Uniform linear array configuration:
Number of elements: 32
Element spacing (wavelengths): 0.25
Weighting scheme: cosine
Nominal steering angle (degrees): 60
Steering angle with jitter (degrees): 60.709
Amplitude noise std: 0.05
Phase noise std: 0.05

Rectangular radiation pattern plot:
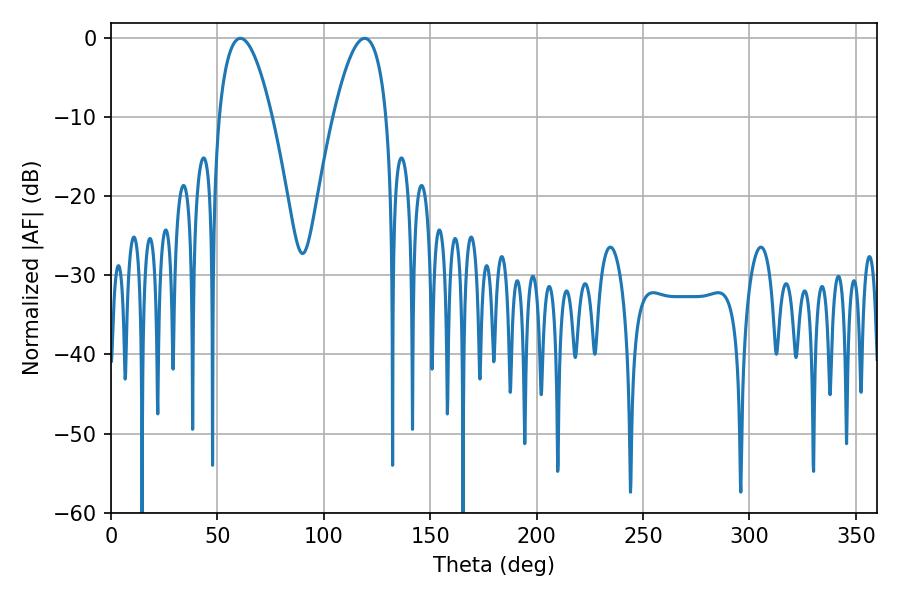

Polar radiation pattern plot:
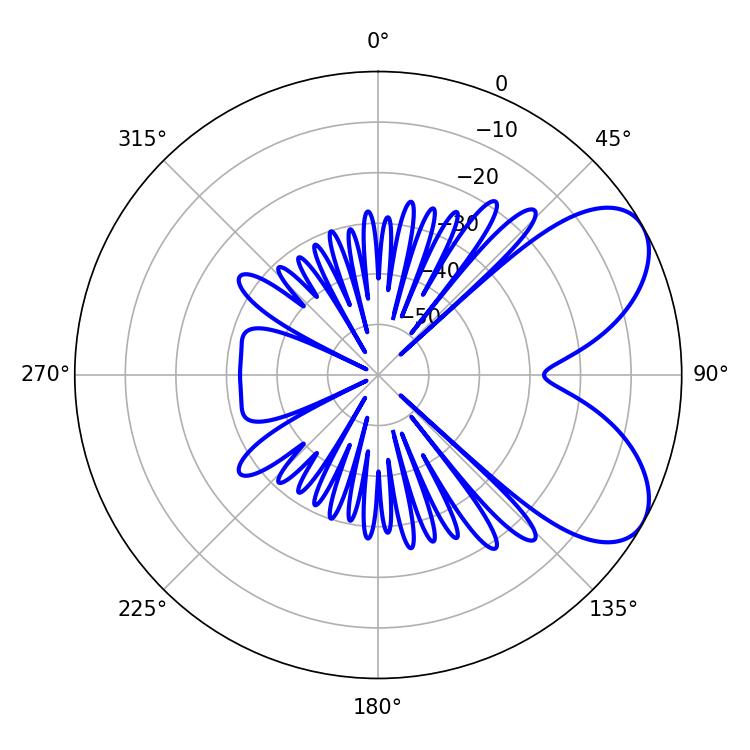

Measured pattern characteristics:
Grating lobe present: FALSE
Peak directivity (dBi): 6.414
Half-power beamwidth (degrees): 13.68
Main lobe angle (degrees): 60.84